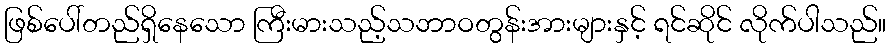
ဖြစ်ပေါ်တည်ရှိနေသော ကြီးမားသည့်သဘာဝတွန်းအားများနှင့် ရင်ဆိုင် လိုက်ပါသည်။